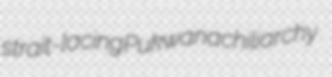
strait-lacing Pukwana chiliarchy